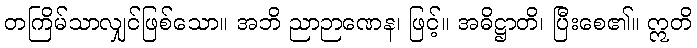
တကြိမ်သာလျှင်ဖြစ်သော။ အဘိ ညာဉာဏေန၊ ဖြင့်။ အဓိဋ္ဌာတိ၊ ပြီးစေ၏။ ဣတိ